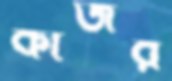
কাজর